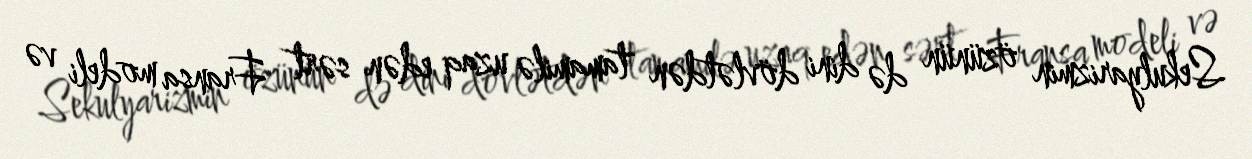
Sekulyarizmin özünün də dini dövlətdən tamamilə uzaq edən sərt Fransa modeli və